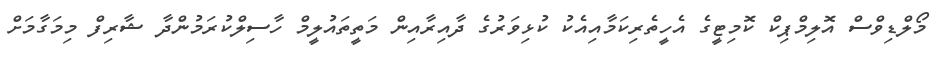
މޯލްޑިވްސް އޮލިމްޕިކް ކޮމިޓީގެ އެހީތެރިކަމާއިއެކު ކުޅިވަރުގެ ދާއިރާއިން މަތީތައުލީމް ހާސިލްކުރަމުންދާ ޝާރިފް މިމަގާމަށް